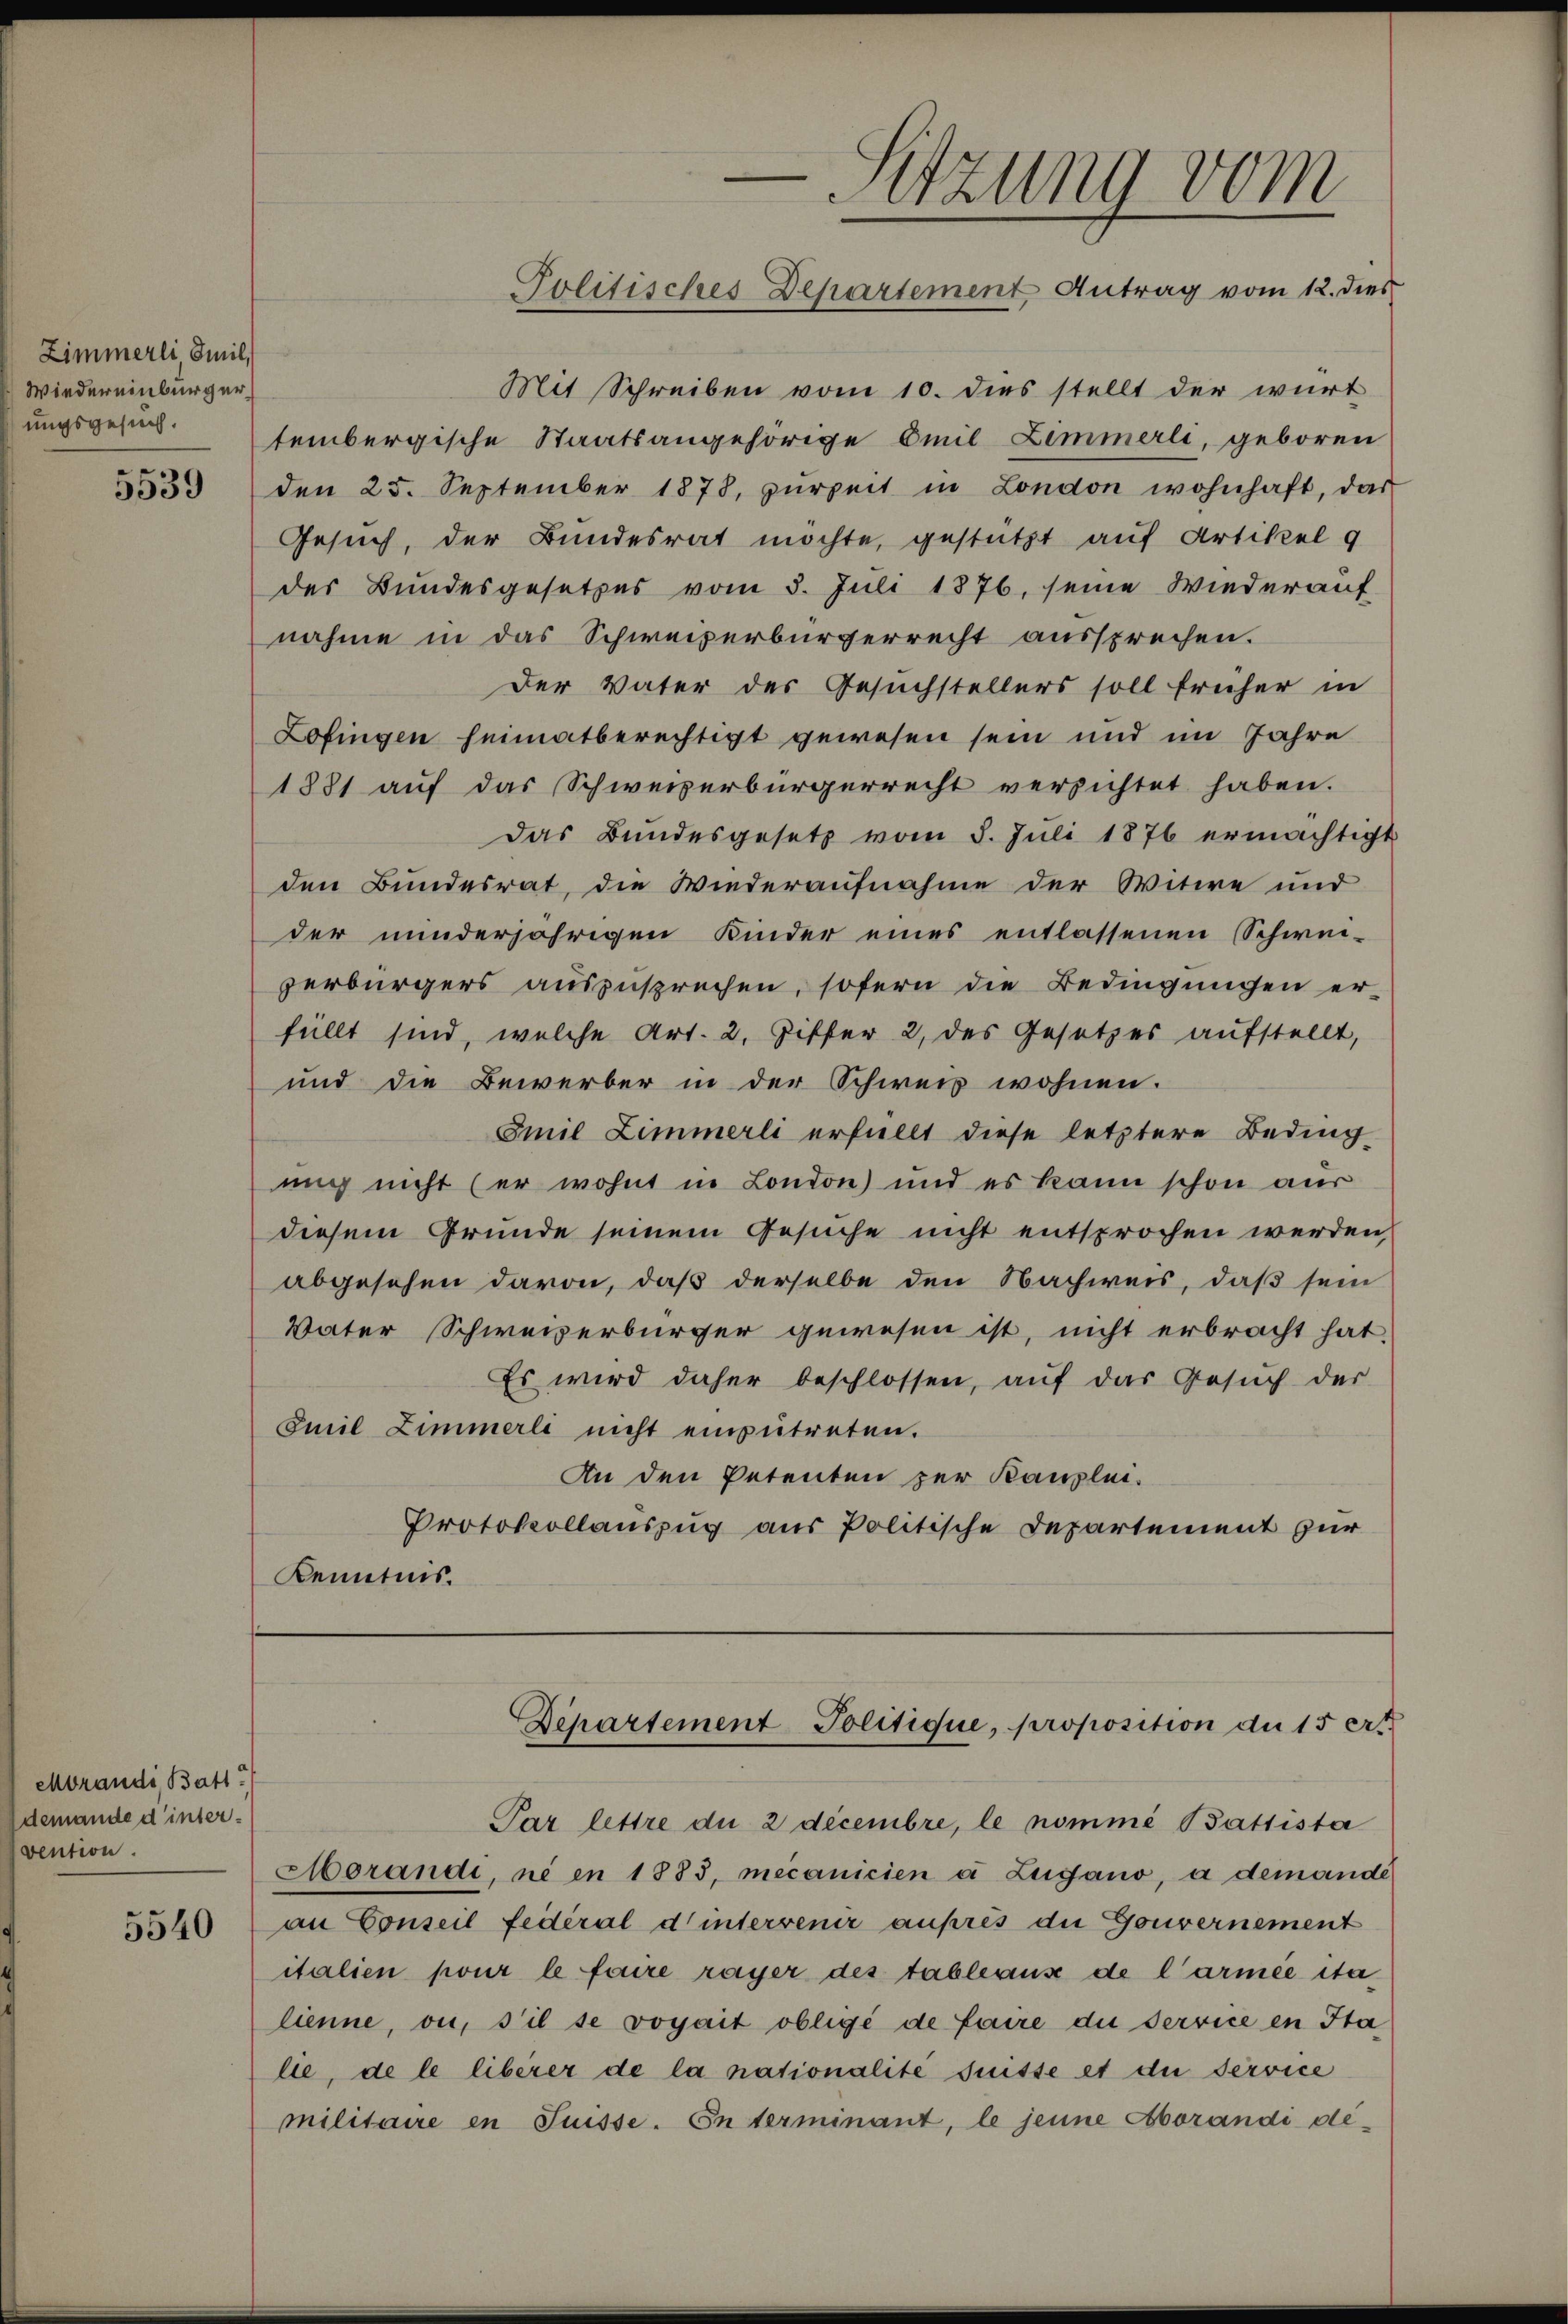
Zimmerli Smil,
Wiedereinbürger
ungsgesuch.

5539

Morandi, Batt
demande d’inter.
vention.

5540

Mit Schreiben vom 10. dies stellt der wirt
tembergische Staatsangehörige Emil Zimmerli, geboren
den 25. September 1878, zŭrzeit in London wohnhaft, das
Gesuch, der Bundesrat möchte, gestützt auf Artikel 9
des Bundesgesetzes vom 5. Juli 1876, seine Wiederauf
nahme in das Schweizerbürgerrecht aussprechen.
Der Vater des Gesuchstellers soll früher in
Lofingen heimatberechtigt gewesen sein und im Jahre
1881 auf das Schweizerbürgerrecht versichtet haben.
Das Bundesgesetz vom 5. Juli 1876 ermächtigt
den Bundesrat, die Wiederaufnahme der Witwe und
der minderjährigen Kinder eines entlassenen Schwei-
verbürgers auszusprechen, sofern die Bedingungen er-
füllt sind, welche Art. 2, Ziffer 2, des Gesetzes aufstellt,
und die Bewerber in der Schweis wohnen.
Emil Zimmerli erfüllt diese letztere Beding
mich nicht (er wohnt in London) und es kann schon aus
diesem Grunde seinem Gesuche nicht entsprochen werden,
abgesehen davon, daß derselbe den Nachweis, daß sein
Vater Schweizerbürger gewesen ist, nicht erbracht hat.
Es wird daher beschlossen, auf das Gesŭch der
Emil Zimmerli nicht einzŭtreten.
An den Petenten zur Kanzlei-
Protokollauszug aus Politische Departement zur
Kenntnis.

Horandi, ni en 1883, mecanicien a Lugano, a demande
an Conseil fédéral d’intervenir auprès die Gouvernement
italien pour le faire rayer des tableaus de l’armée etalienne, ou, s’il se vogait obligé de faire die Service en Sta
lie, de le libérer de la nationalite früsse et die Service
militaire en Suisse. Interminant, le jene Aborandi de¬

—
Sitzung vom
Politisches Departement Antrag vom 12. dies

Departement Politique, proposition du 15 ert
Par lettre du 2 decembre, le nomme Bassista